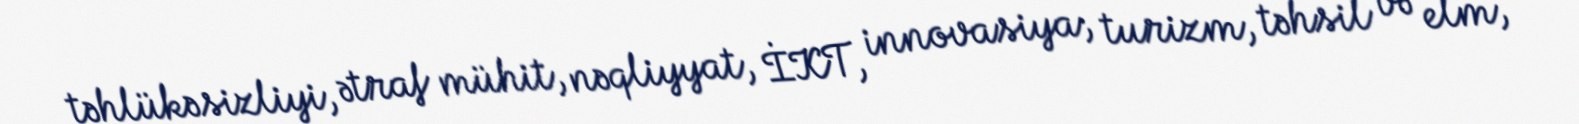
təhlükəsizliyi, ətraf mühit, nəqliyyat, İKT, innovasiya, turizm, təhsil və elm,